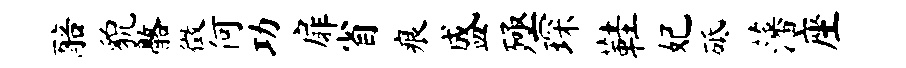
醅貌髂徵何功扉省痕盛殛琛鞋妃砥藩座